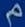
م